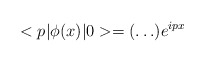
\begin{align*}<p|{\phi}(x)|0>=( \ldots ) e^{ipx}\end{align*}